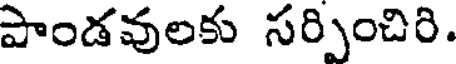
పాండవులకు సర్పించిరి.